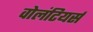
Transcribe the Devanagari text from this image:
वोलंटियर्स